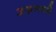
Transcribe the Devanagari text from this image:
अन्नमध्ये